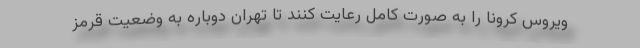
ویروس کرونا را به صورت کامل رعایت کنند تا تهران دوباره به وضعیت قرمز